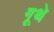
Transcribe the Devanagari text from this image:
गूथे